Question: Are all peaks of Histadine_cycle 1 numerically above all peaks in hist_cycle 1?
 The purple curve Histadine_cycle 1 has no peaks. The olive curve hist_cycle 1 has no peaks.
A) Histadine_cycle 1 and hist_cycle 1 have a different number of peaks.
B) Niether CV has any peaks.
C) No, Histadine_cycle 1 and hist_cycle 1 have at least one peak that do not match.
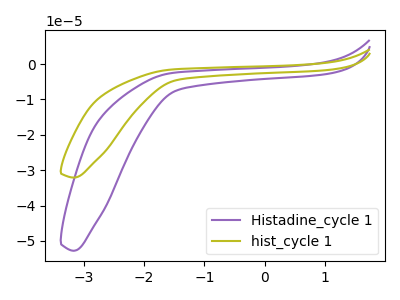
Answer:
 <answer>B) Niether CV has any peaks.</answer>
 <eval>B</eval>